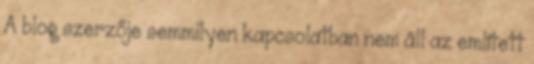
A blog szerzője semmilyen kapcsolatban nem áll az említett